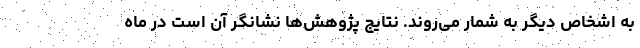
به اشخاص دیگر به شمار می‌روند. نتایج پژوهش‌ها نشانگر آن است در ماه